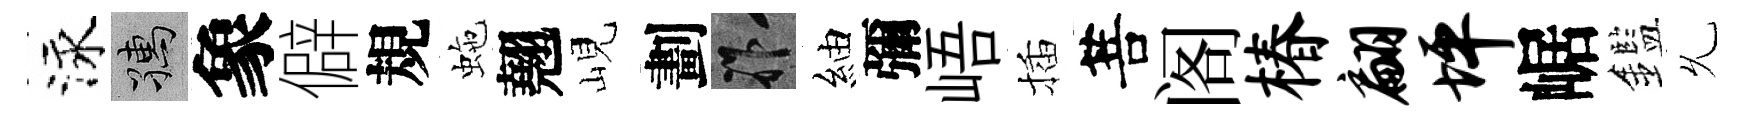
泳孺象僻規虵翹峴劃祚紬彌峿插菩阁椿翩坪崌鑑𠃔